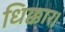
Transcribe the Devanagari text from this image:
धिक्कार।